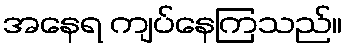
အနေရ ကျပ်နေကြသည်။